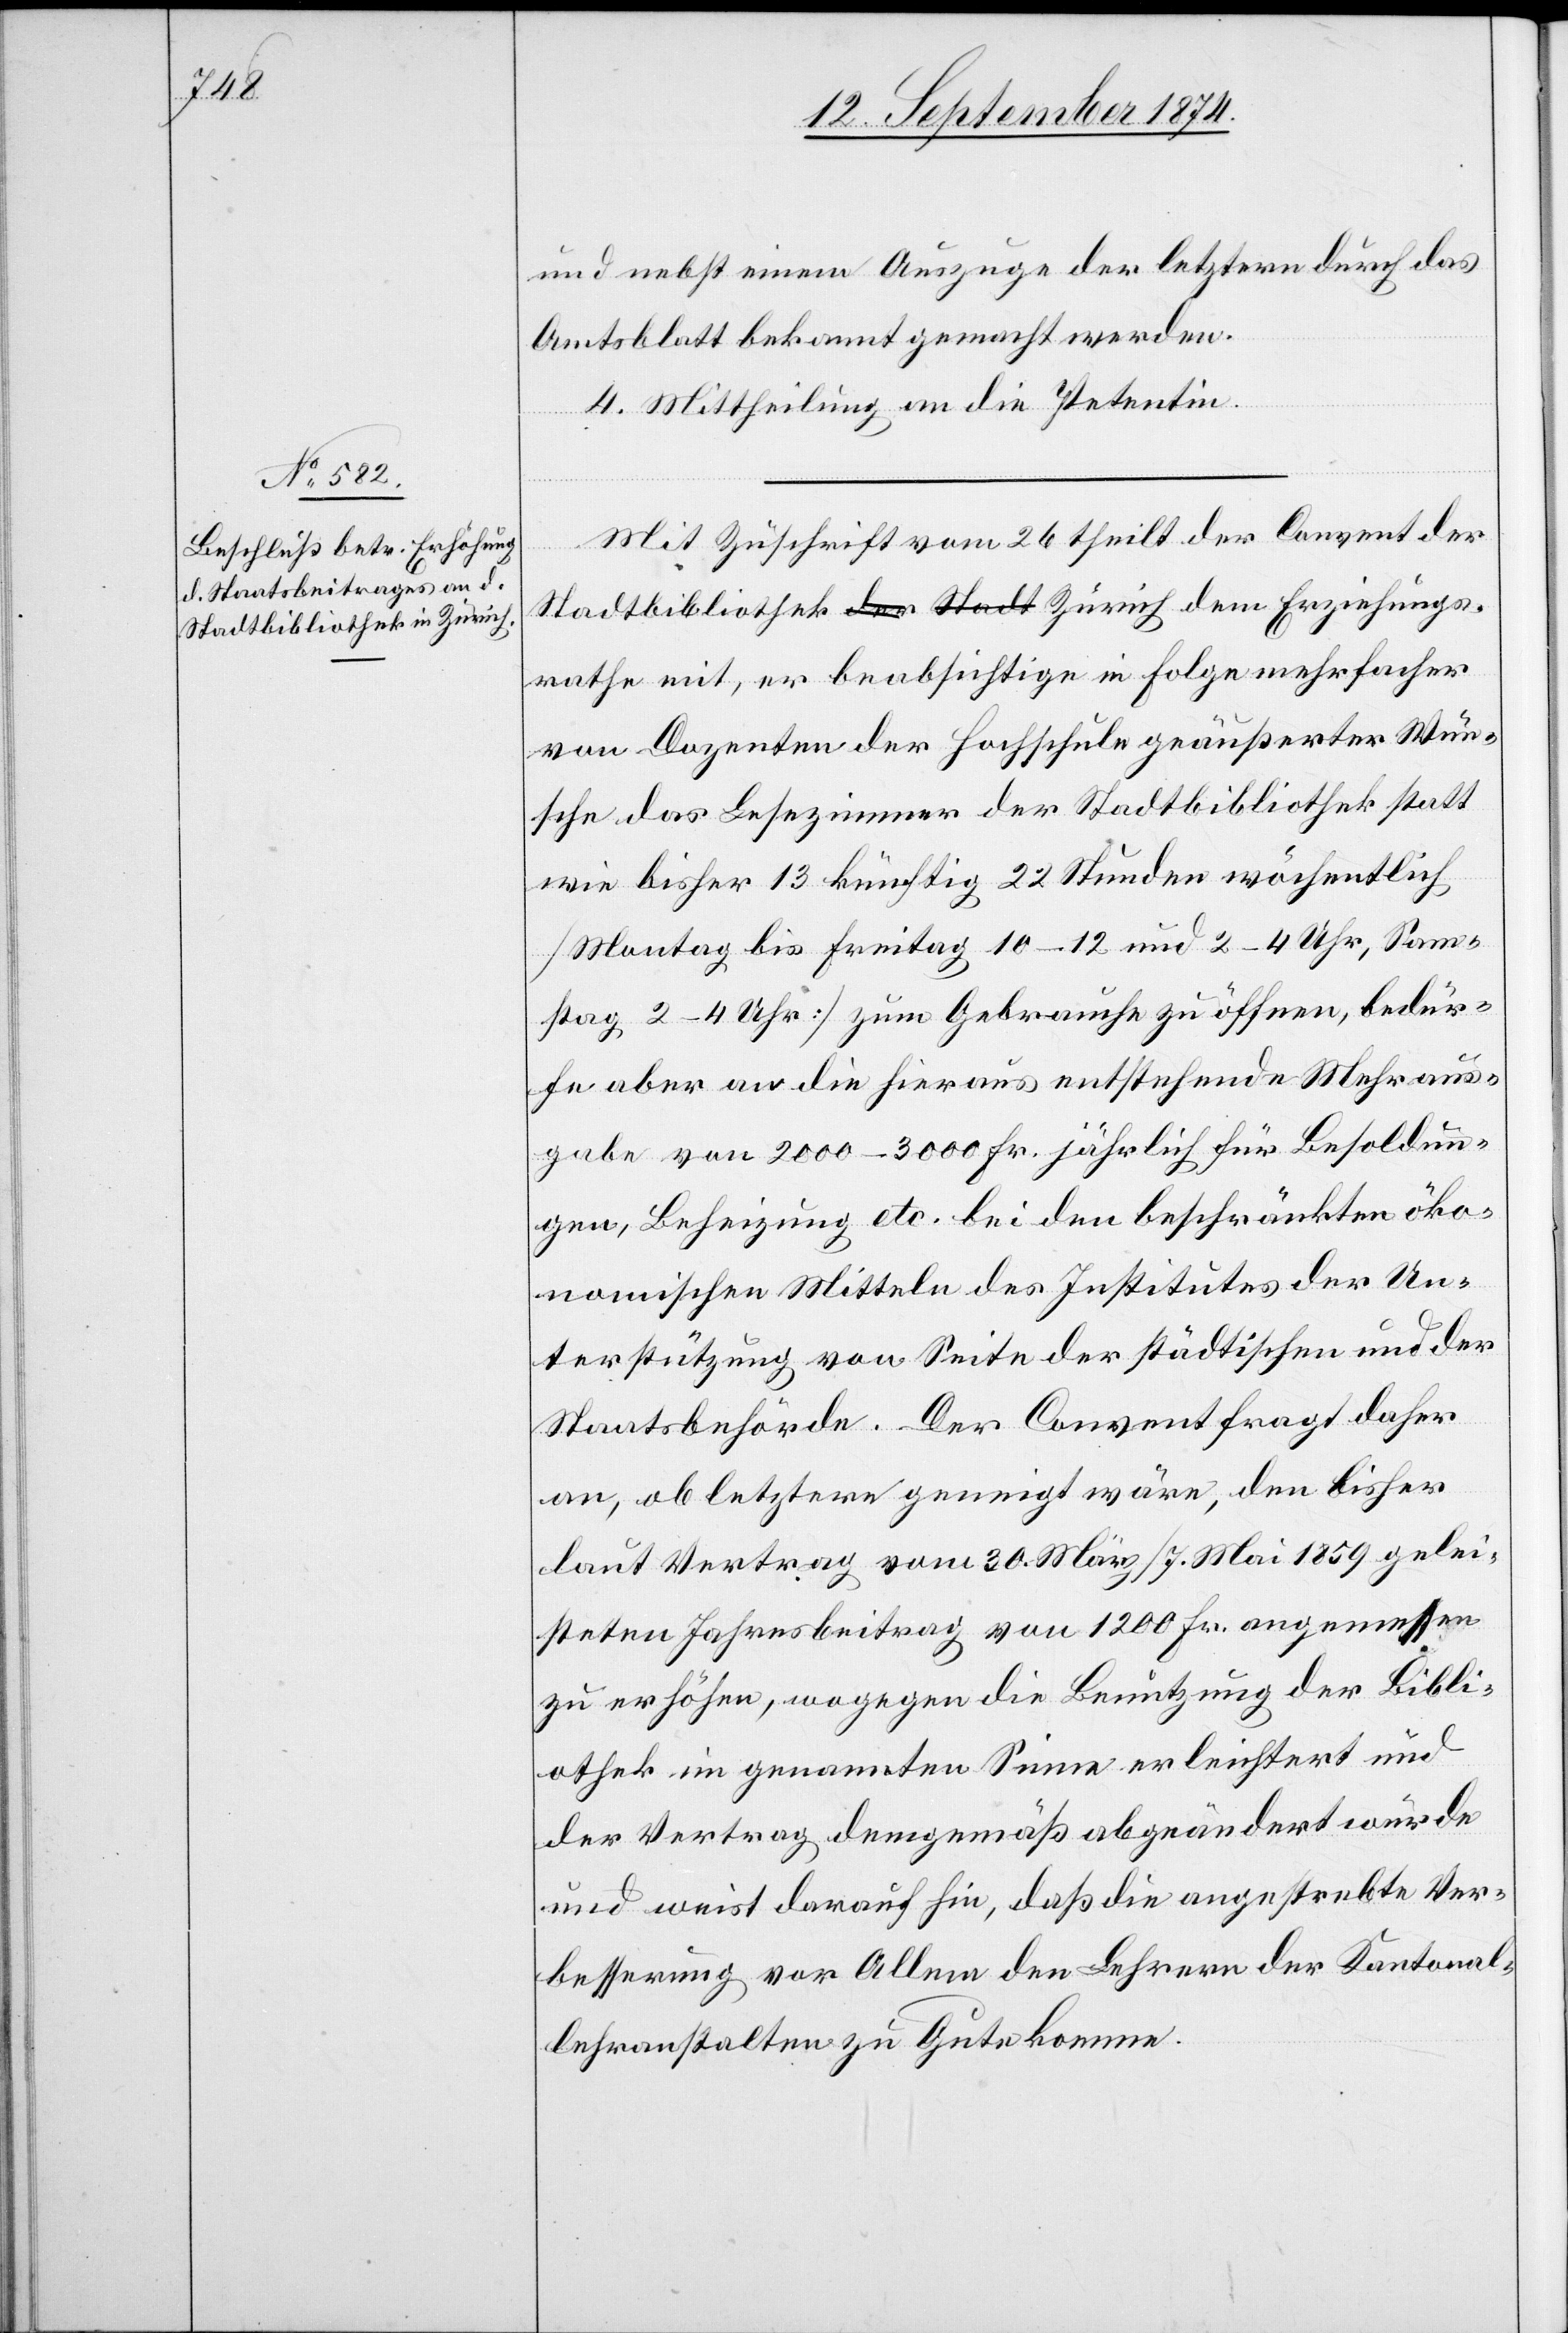
und nebst einem Auszuge der letztern durch das
Amtsblatt bekannt gemacht werden.
4. Mittheilung an die Petentin.
Mit Zuschrift vom 26. theilt der Convent der
Stadtbibliothek a-der Stadt-a Zürich dem Erziehungs¬
rathe mit, er beabsichtige in Folge mehrfacher
von Dozenten der Hochschule geäußerter Wün¬
sche das Lesezimmer der Stadtbibliothek statt
wie bisher 13 künftig 22 Stunden wöchentlich
[Montag bis Freitag 10–12 und 2–4 Uhr, Sam¬
stag 2–4 Uhr] zum Gebrauch zu öffnen, bedür¬
fe aber an die hieraus entstehende Mehraus¬
gabe von 2000–3000 Fr. jährlich für Besoldun¬
gen, Beheizung etc. bei den beschränkten öko¬
nomischen Mitteln des Institutes der Un¬
terstützung von Seite der städtischen und der
Staatsbehörde. Der Convent fragt daher
an, ob letztere geneigt wäre, den bisher
laut Vertrag vom 30. März/7. Mai 1859 gelei¬
steten Jahresbeitrag von 1200 Fr. angemessen
zu erhöhen, wogegen die Benutzung der Bibli¬
othek im genannten Sinne erleichtert und
der Vertrag demgemäß abgeändert würde
und weist darauf hin, daß die angestrebte Ver¬
besserung vor Allem den Lehrern der Kantonal¬
lehranstalten zu Gute komme.